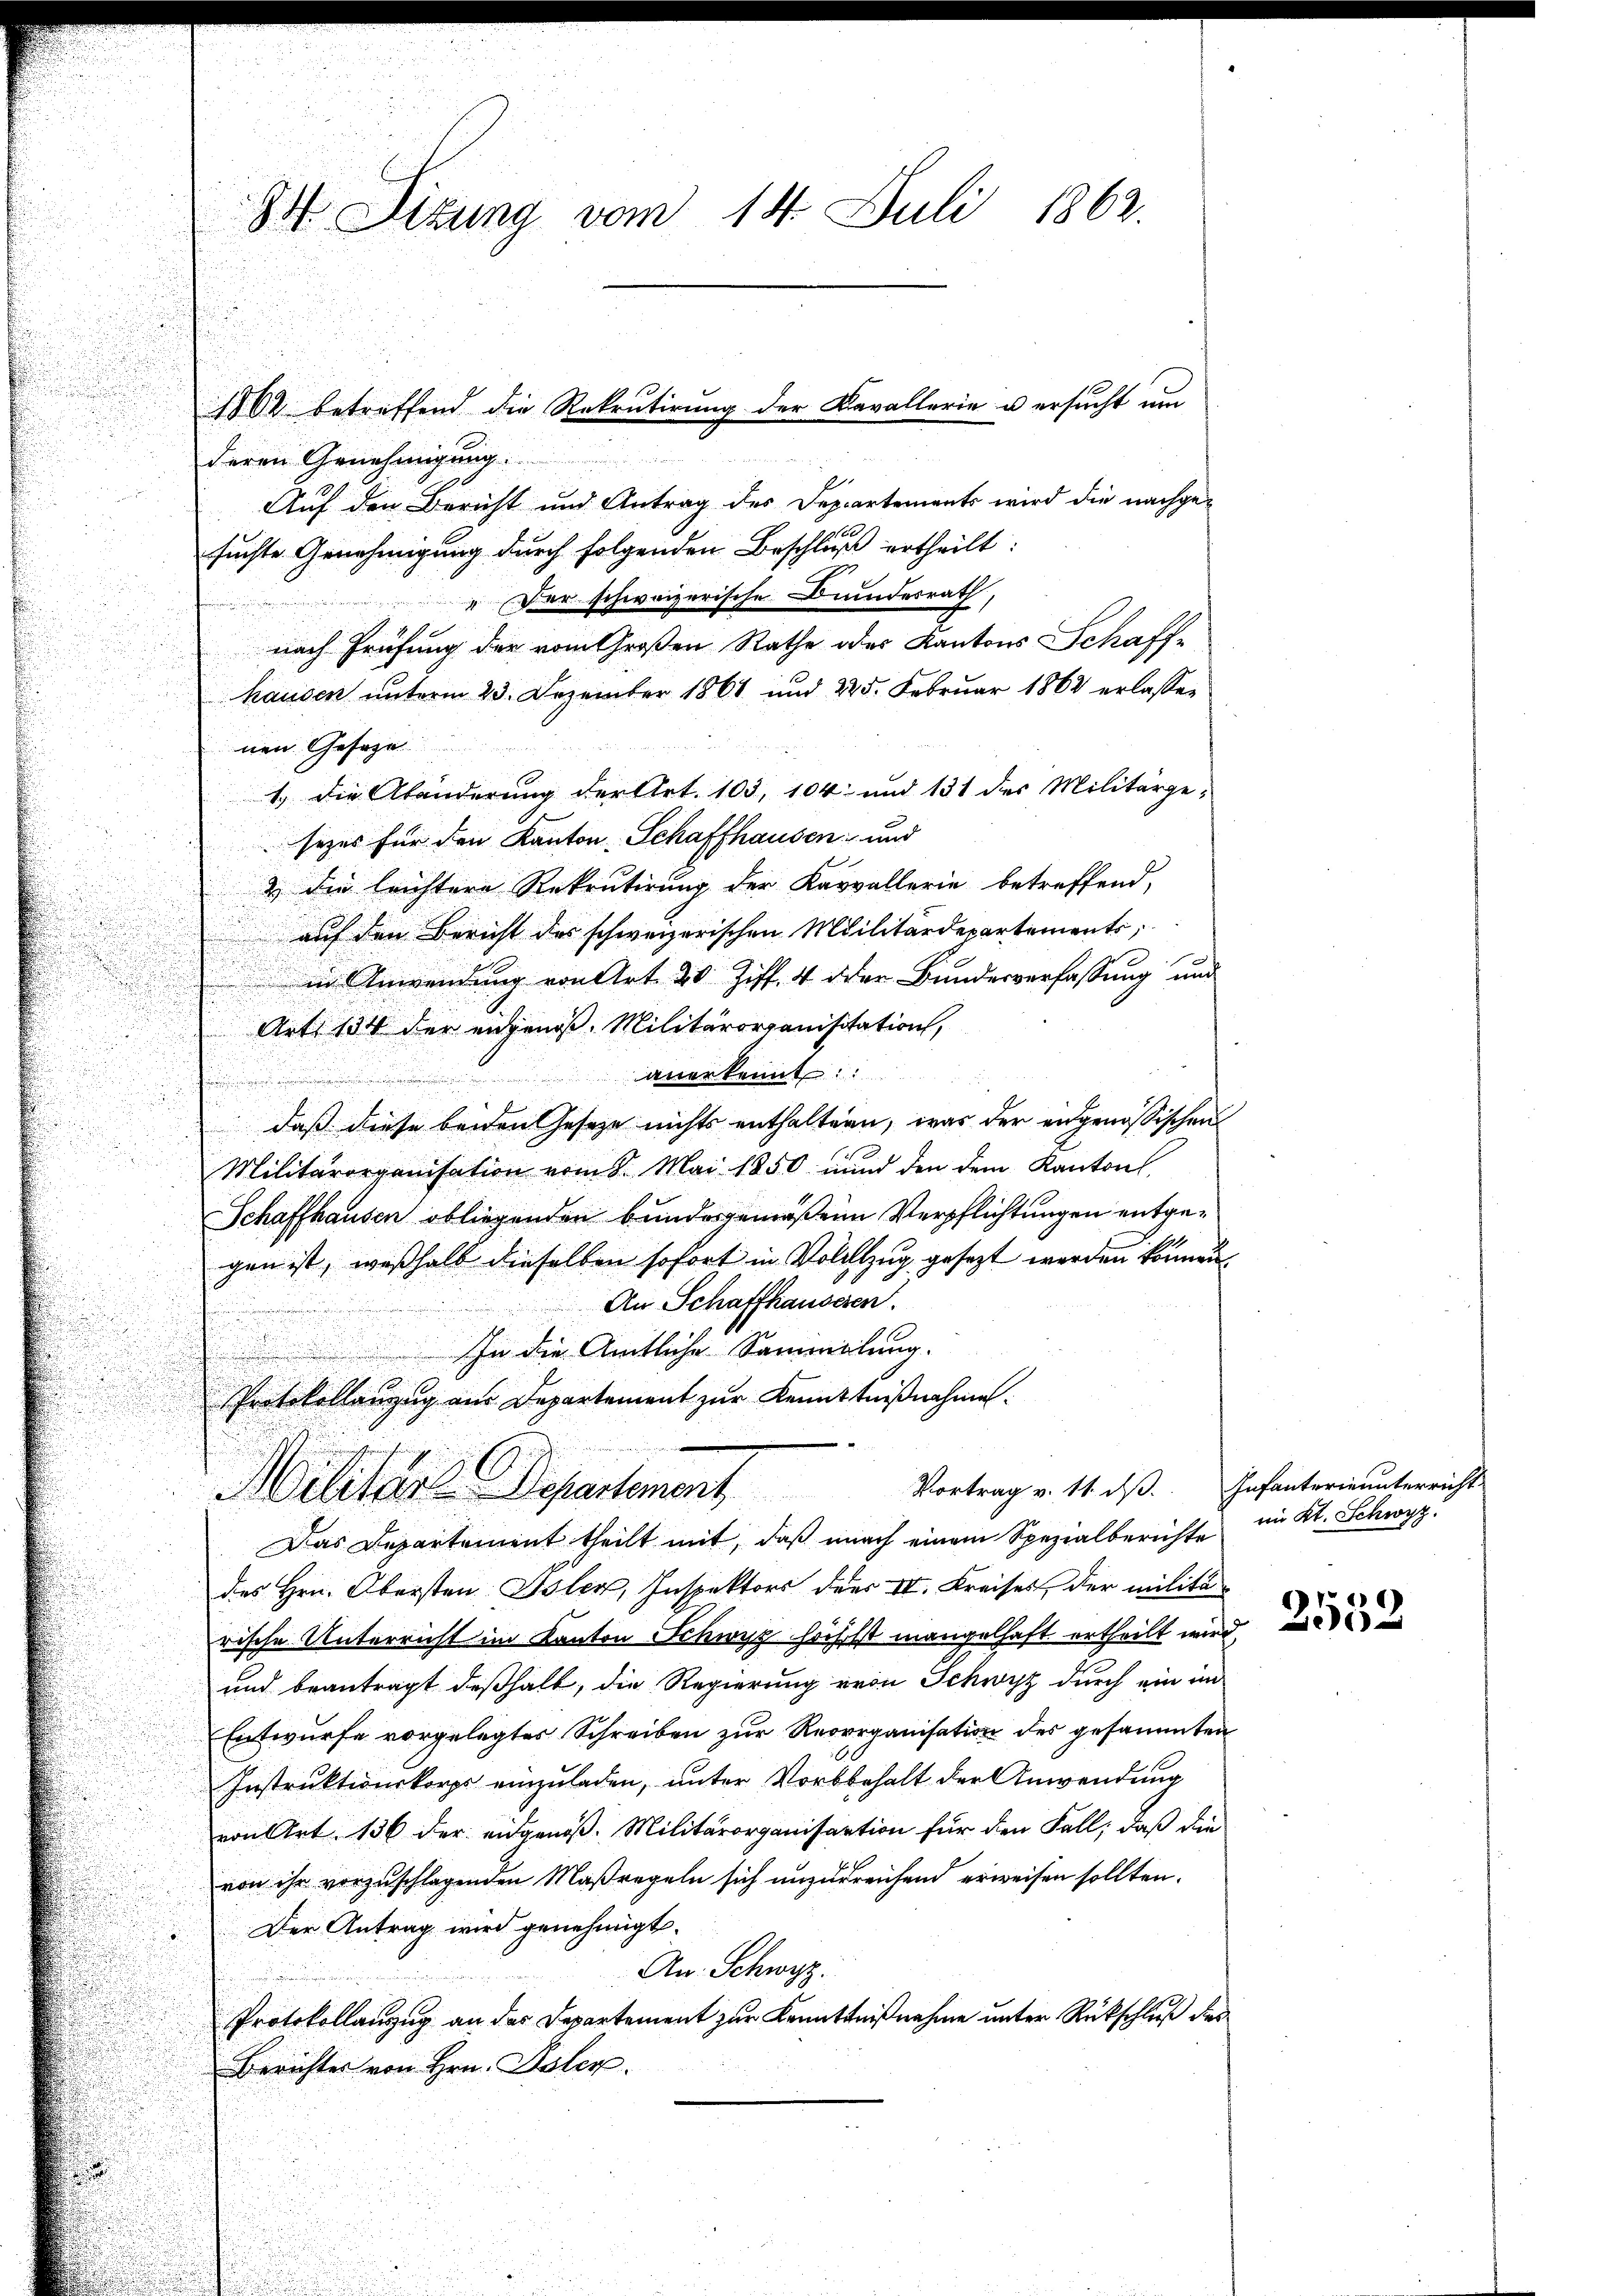
Auf den Bericht und Antrag des Departements wird die nachge¬
.
suchte Genehmigung durch folgenden Beschluß ertheilt:
Der schweizerische Bundesrath,
nach Frühung der vom Großen Rathe oder Kantons Schaff-
hausen unterm 23. Dezember 1861 und 225. Februar 1862 erlassen
nen Gesage
1.) Die Abänderung der Art. 103, 104 und 131 des Militärge-
sezes für den Kanton Schaffhausen und
2 die leichtere Rekrutirung der Karvallerie betreffend,
auf den Bericht des schweizerischen Militärdepartements,
 in Anwendung von Art. 20 Ziff. 4 der Bundesverfassung und
Art. 134 der angenoß. Militärorganisitation,
anerkennt:
daß diese beiden Geseze nichts enthaltern, was der angenössischen
Militärorganisation vom 8. Mai 1850 und den dem Kanton
Schaffhausen obliegenden bundesgemäßene Verpflichtungen entgegen ist, weßhalb dieselben sofort in Vollzug gesezt werden können.
An Schaffhausesen.
ha die Amtliche Sammlung.
Protokollanzŭg aŭs Departement zŭr Kenntniβnahme.
Vortrag v. 11. dß. Infanterinunterricht.
Militärs Departement
Das Departement theilt mit, daß nach einem Spezialberichte
des Hrn. Obersten Toler, Inspektors der IV. Kreises, der militärische Unterricht im Kanton Schwyz höchst mangelhaft ertheilt wird
und beantragt deßhalb, die Regierung von Schwyz durch ein in
Entwurfe vorgelegtes Schreiben zur Reorrganisation des gesammten
Instruktionskorps einzuladen, unter Vorbehalt der Anwendung
von Art. 136 der eidgenoß. Militärorganisation für den Fall, daß die
von ihr vorzuschlagenden Maßregeln sich unzureichend erweisen sollten.
Der Antrag wird genehmigt.
An. Schwyz.
Protokollanzug an der Departement zur Kenntnißnahme unter Rückschluß des
Berichtes von Hrn. Polen.

3 Sizung vom 14. Juli 1862.
1862 betreffend die Rekrutirung der Kavallerie u ersucht um
deren Genehmigung.

im Kt. Schwyz.

2552